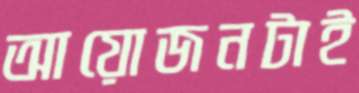
আয়োজনটাই